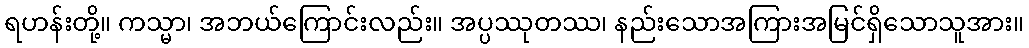
ရဟန်းတို့။ ကသ္မာ၊ အဘယ်ကြောင်းလည်း။ အပ္ပဿုတဿ၊ နည်းသောအကြားအမြင်ရှိသောသူအား။